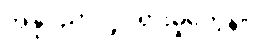
အနုပညာလှုပ်ရှားမှုတွေနဲ့။